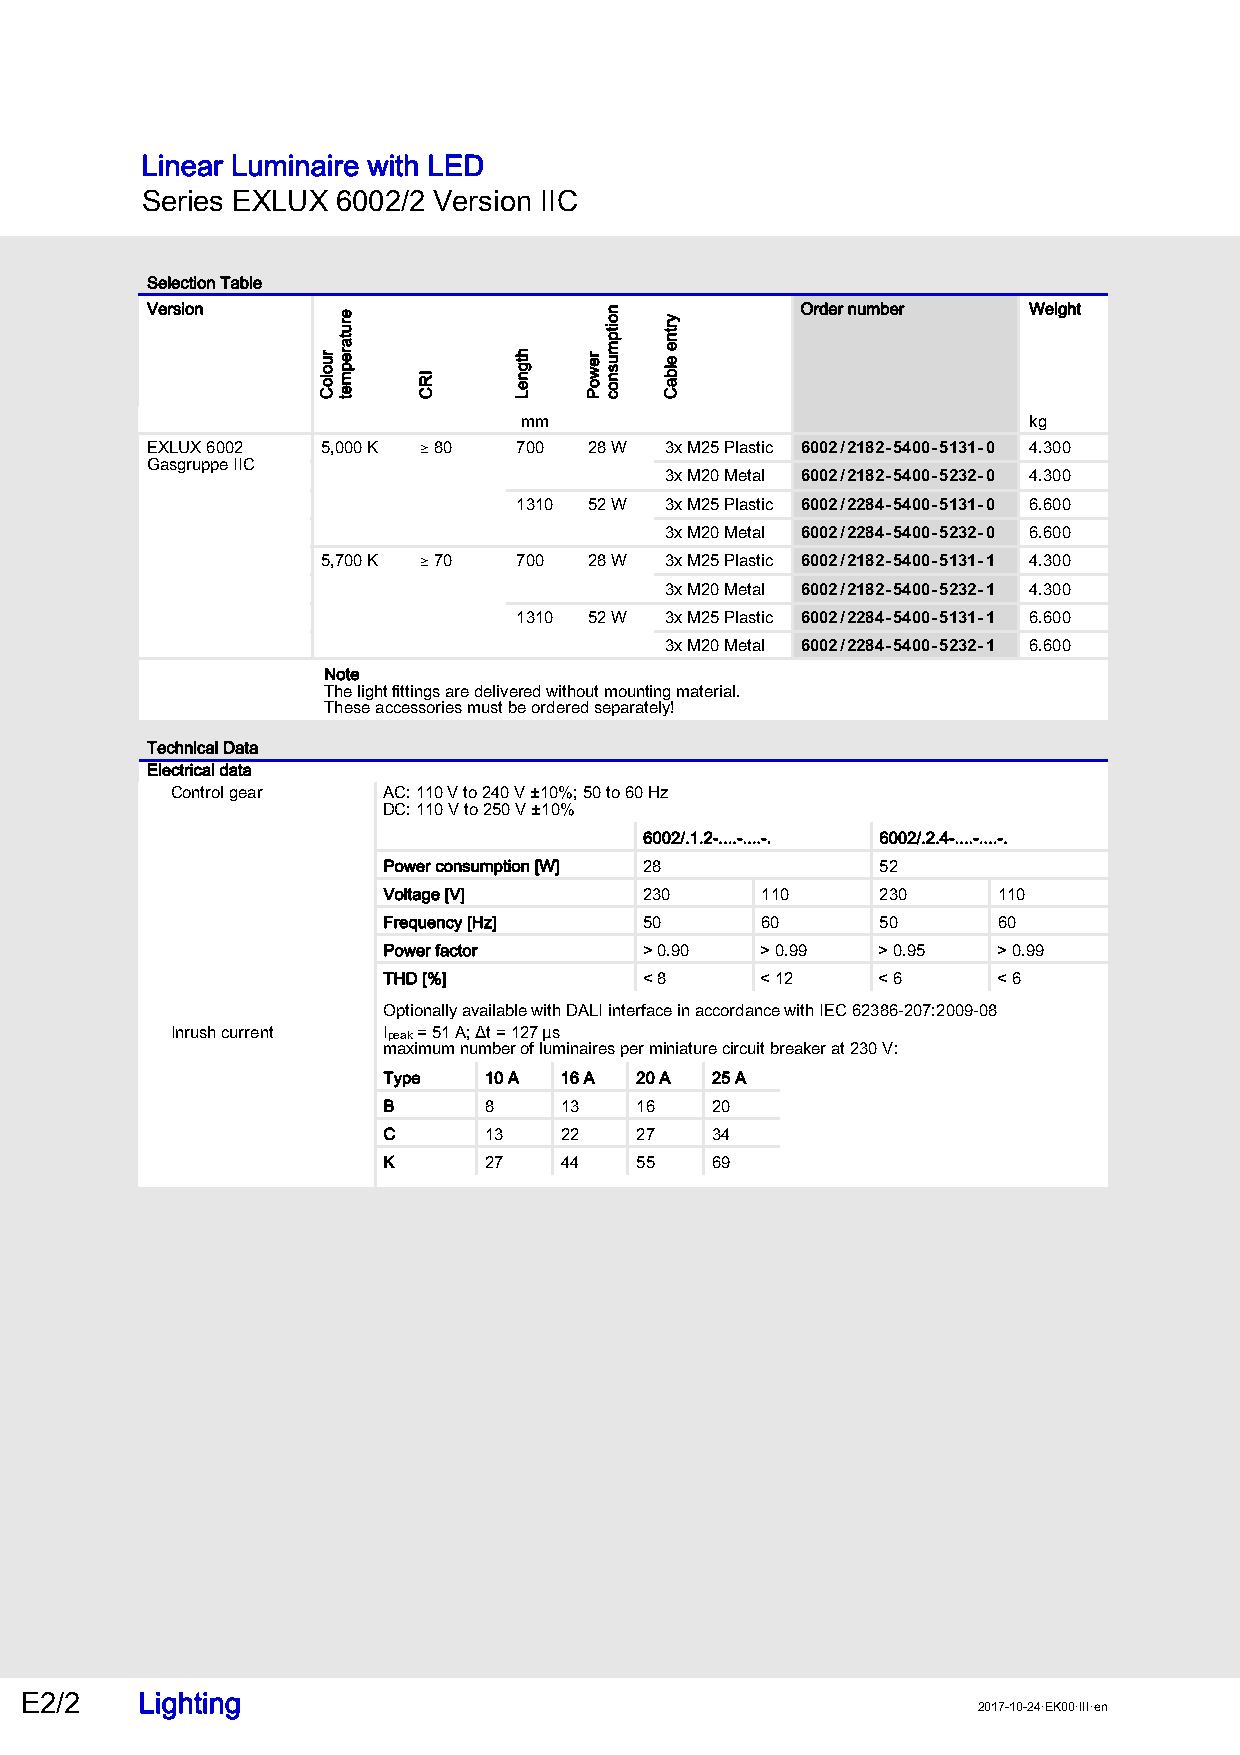
Linear Luminaire with LED
 Series EXLUX 6002/2 Version IIC
 Selection Table
 Version                                    Order number   Weight
 mm                                kg
 EXLUX 6002 5,000 K ) 80 700  28 W 3x M25 Plastic 6002/2182-5400-5131-0 4.300
 Gasgruppe IIC
 3x M20 Metal 6002/2182-5400-5232-0 4.300
 1310 52 W 3x M25 Plastic 6002/2284-5400-5131-0 6.600
 3x M20 Metal 6002/2284-5400-5232-0 6.600
 5,700 K ) 70 700  28 W 3x M25 Plastic 6002/2182-5400-5131-1 4.300
 3x M20 Metal 6002/2182-5400-5232-1 4.300
 1310 52 W 3x M25 Plastic 6002/2284-5400-5131-1 6.600
 3x M20 Metal 6002/2284-5400-5232-1 6.600
 Note
 The light fittings are delivered without mounting material.
 These accessories must be ordered separately!
 Technical Data
 Electrical data
 Control gear  AC: 110 V to 240 V ±10%; 50 to 60 Hz
 DC: 110 V to 250 V ±10%
 6002/.1.2-....-....-. 6002/.2.4-....-....-.
 Power consumption [W] 28         52
 Voltage [V]       230    110     230     110
 Frequency [Hz]    50     60      50      60
 Power factor      > 0.90 > 0.99  > 0.95  > 0.99
 THD [%]           < 8    < 12    < 6     < 6
 Optionally available with DALI interface in accordance with IEC 62386-207:2009-08
 Inrush current Ipeak = 51 A; Δt = 127 ms
 maximum number of luminaires per miniature circuit breaker at 230 V:
 Type   10 A 16 A 20 A 25 A
 B      8    13   16   20
 C      13   22   27   34
 K      27   44   55   69
 E2/2    Lighting
 2017-10-24·EK00·III·en
 ruoloC
 erutarepmet
 IRC
 htgneL rewoP
 noitpmusnoc yrtne
 elbaC